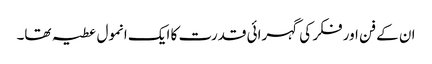
ان کے فن اور فکر کی گہرائی قدرت کا ایک انمول عطیہ تھا۔